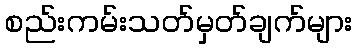
စည်းကမ်းသတ်မှတ်ချက်များ